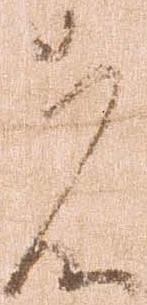
者